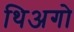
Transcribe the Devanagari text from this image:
थिअगो